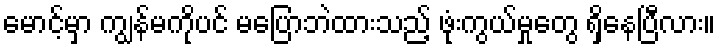
မောင့်မှာ ကျွန်မကိုပင် မပြောဘဲထားသည့် ဖုံးကွယ်မှုတွေ ရှိနေပြီလား။